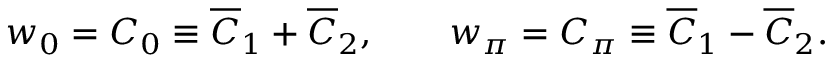
w _ { 0 } = C _ { 0 } \equiv \overline { { C } } _ { 1 } + \overline { { C } } _ { 2 } , \qquad w _ { \pi } = C _ { \pi } \equiv \overline { { C } } _ { 1 } - \overline { { C } } _ { 2 } .